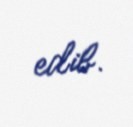
edib.